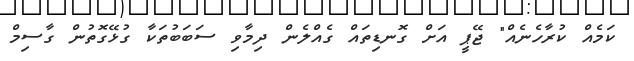
ކަމެއް ކުރާހެނެއް" ޖޭޕީ އަށް ގޮނޑިތައް ގެއްލެން ދިމާވި ސަބަބުތަކާ ގުޅޭގޮތުން ގާސިމް